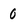
Character: 0